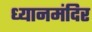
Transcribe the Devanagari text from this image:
ध्यानमंदिर